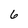
Character: 6